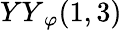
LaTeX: {YY}_{\varphi}(1,3)